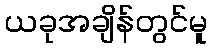
ယခုအချိန်တွင်မူ